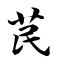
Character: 苠